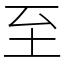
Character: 至